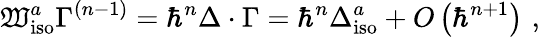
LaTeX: \mathfrak{W}_{\mathrm{{iso}}}^{a}\Gamma^{\left(n-1\right)}=\hbar^{n}\Delta\cdot\Gamma=\hbar^{n}\Delta_{\mathrm{{iso}}}^{a}+O\left(\hbar^{n+1}\right)\, \, ,